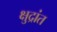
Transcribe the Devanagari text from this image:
क्षुद्रांत